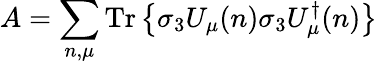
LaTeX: A=\sum_{n,\mu}\mathrm{Tr}\left\{ \sigma_{3}U_{\mu}(n)\sigma_{3}U_{\mu}^{\dagger}(n)\right\}